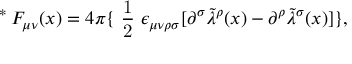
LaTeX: \mathrm { \mathrm { } ~ ^ { * } \! ~ } F _ { \mu \nu } ( x ) = 4 \pi \{ \mathrm { \small ~ \frac { 1 } { 2 } ~ } \epsilon _ { \mu \nu \rho \sigma } [ \partial ^ { \sigma } { \tilde { \lambda } } ^ { \rho } ( x ) - \partial ^ { \rho } { \tilde { \lambda } } ^ { \sigma } ( x ) ] \} ,